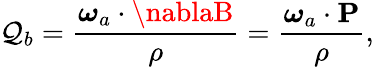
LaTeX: \mathcal{Q}_{b}=\frac{{{\boldsymbol{\omega}}_{a}\cdot\nablaB}}{{\rho}}=\frac{{\boldsymbol{\omega}_{a}\cdot{\mathbf{P}}}}{{\rho}},